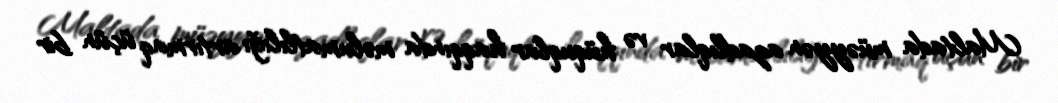
Maltada müəyyən azadlıqlar və hüquqlar haqqında məlumatlılığı artırmaq üçün bir